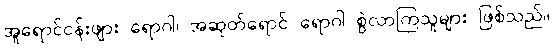
အူရောင်ငန်းဖျား ရောဂါ၊ အဆုတ်ရောင် ရောဂါ စွဲလာကြသူများ ဖြစ်သည်။